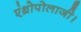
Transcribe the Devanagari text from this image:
एंथ्रोपोलाजी।